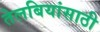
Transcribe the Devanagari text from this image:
तेलबियांसाठी